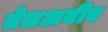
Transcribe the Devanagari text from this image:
तेलअबीब